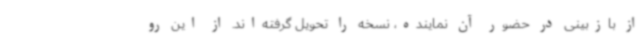
از بازبینی در حضور آن نماینده، نسخه را تحویل گرفته‌اند. از این رو